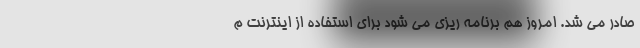
صادر می شد. امروز هم برنامه ریزی می شود برای استفاده از اینترنت م